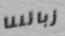
زبائننا